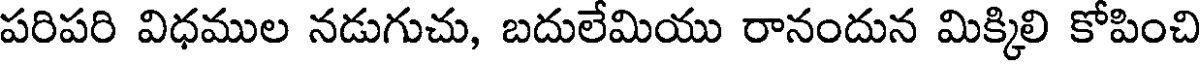
పరిపరి విధముల నడుగుచు, బదులేమియు రానందున మిక్కిలి కోపించి